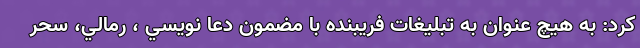
کرد: به هیچ عنوان به تبلیغات فریبنده با مضمون دعا نويسي ، رمالي، سحر